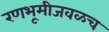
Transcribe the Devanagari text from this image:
रणभूमीजवळच